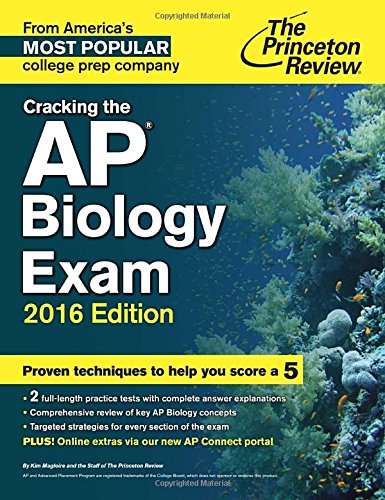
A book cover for Cracking the AP Biology Exam, 2016 Edition (College Test Preparation); Princeton Review; Test Preparation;